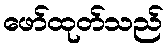
ဖော်ထုတ်သည်